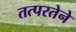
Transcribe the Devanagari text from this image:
तत्‍परतेने